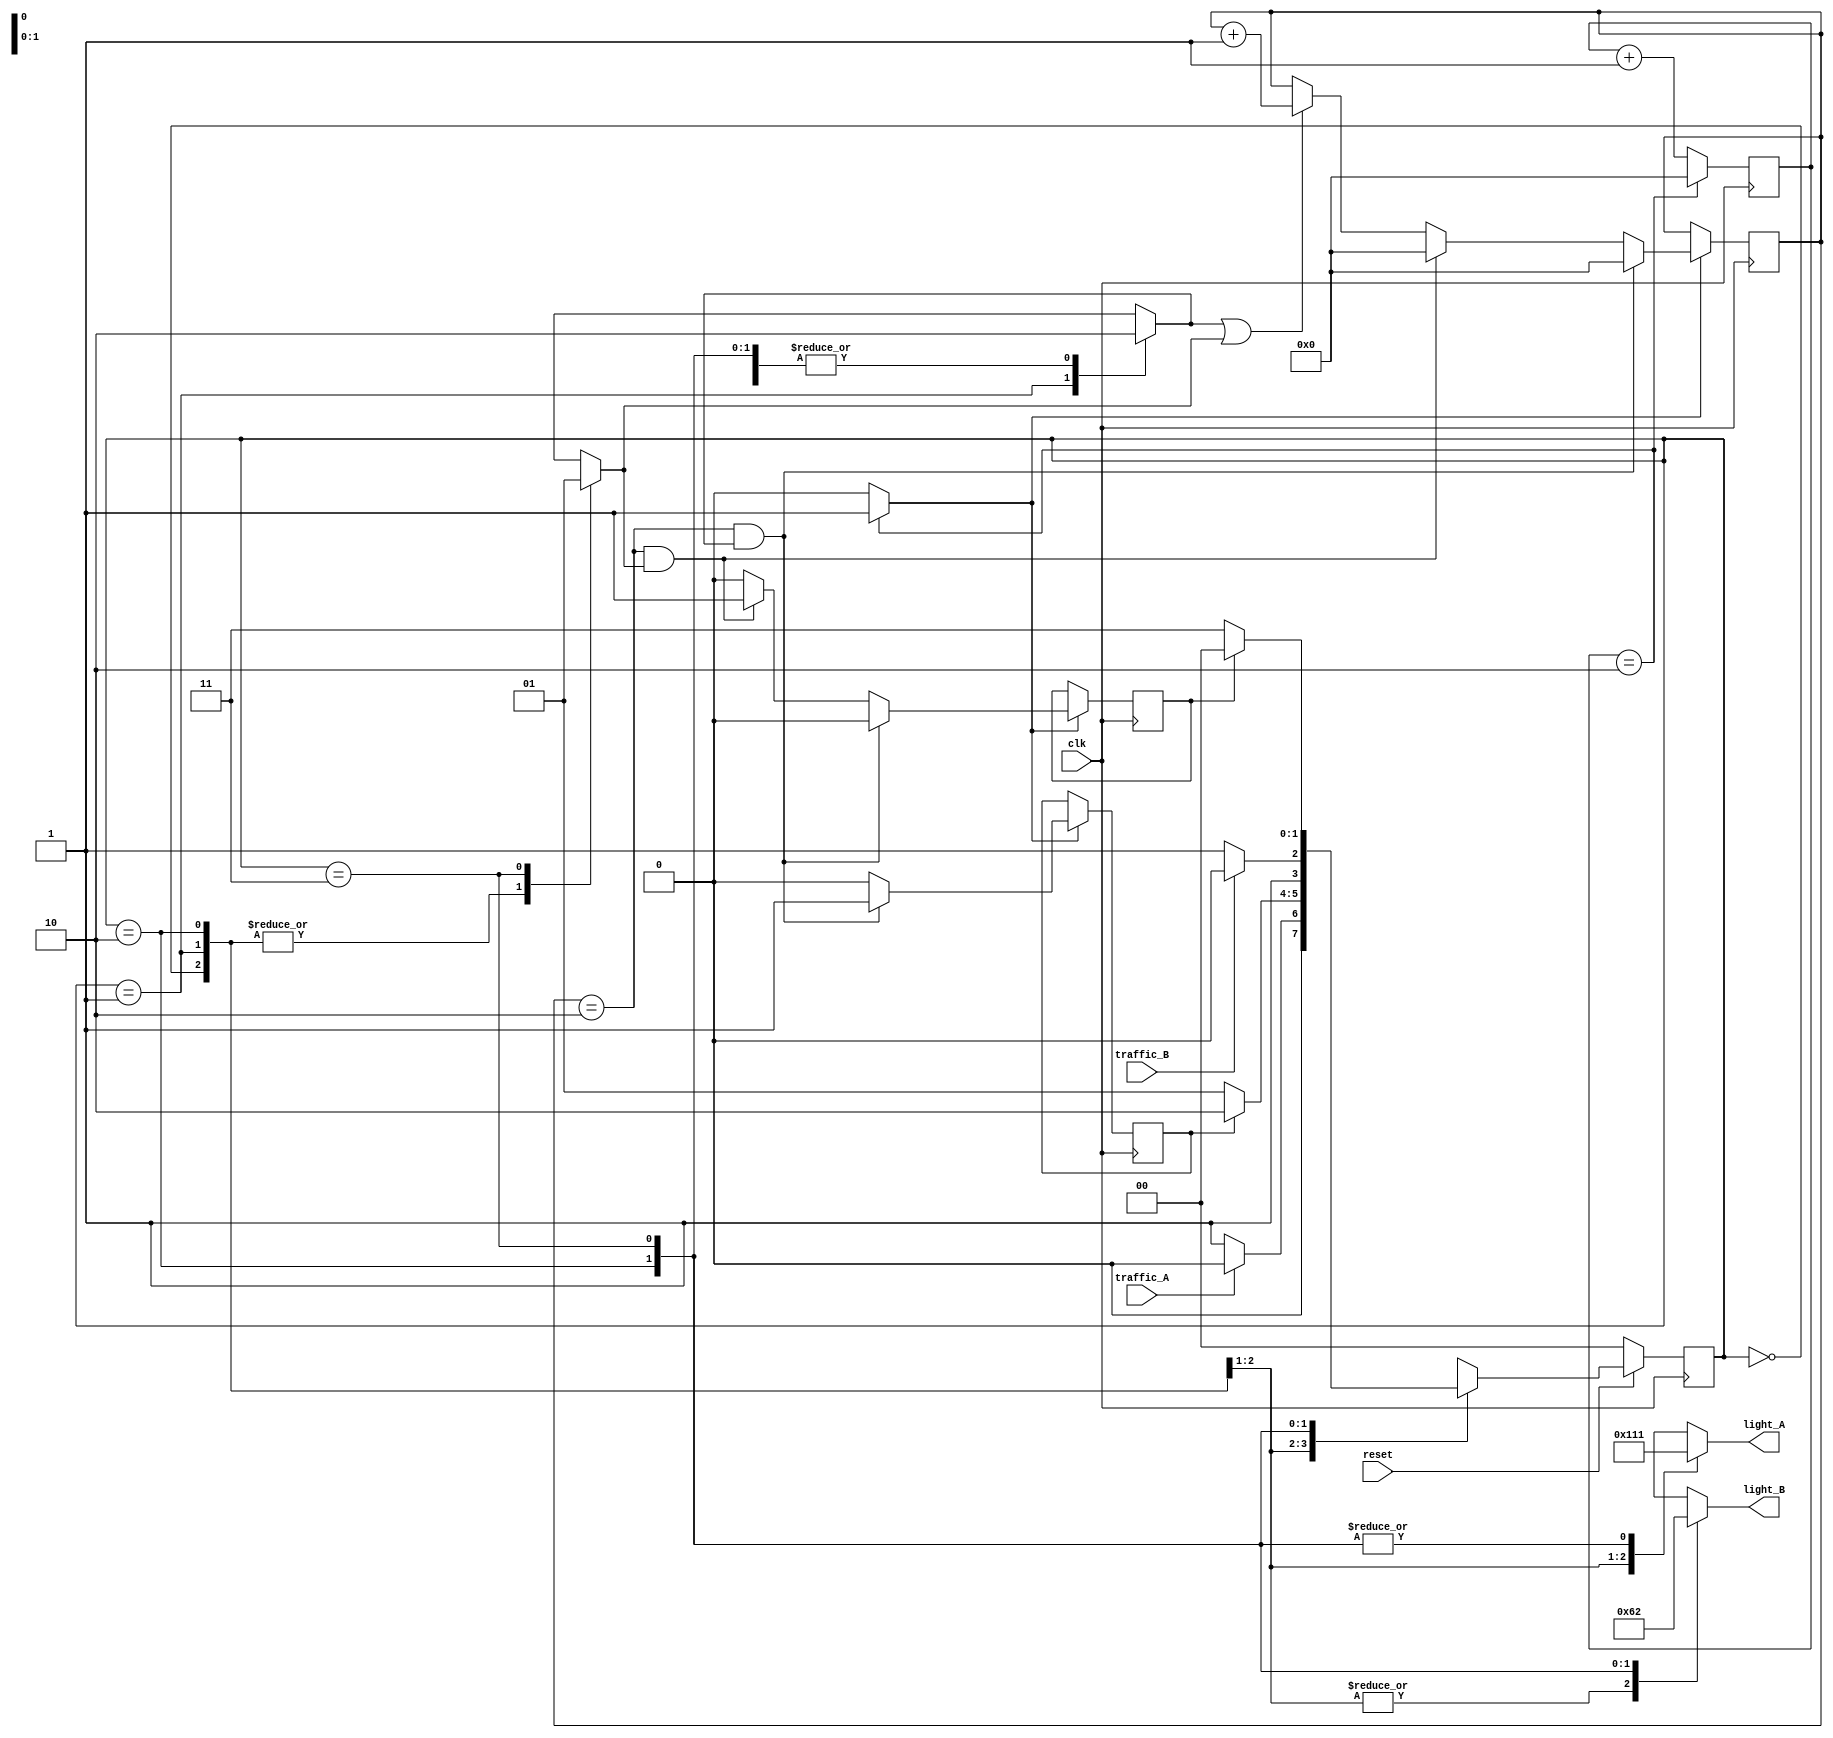
// 2 routes LA, LB
// Route LA : green 1 (g1), Yellow 1 (y1), Red 1 (r1)
// Route LB : green 2 (g2), Yellow 2 (y2), Red 2 (r2)
/////////////////////////////////////////////////////
module trafficlight 
	(
		input clk,//clock = 50MHz in real life
		input reset, // active low
		input traffic_A, // = 1 traffic in A
		input traffic_B, // = 1 traffic in B
		output reg [2:0] light_A,
		output reg [2:0] light_B
		// Bit    2			 1			  0
		// Light green 	yellow 	red
		// output of lights
	);
parameter 
	S0 = 2'b00, //S0 : LA : green, LB : red
	S1 = 2'b01, //S1 : LA : yellow, LB : red
	S2 = 2'b10, //S2 : LA : red, LB : green
	S3 = 2'b11; //S3 : LA : red, LB : yellow
/////////////////////////////////////////////////
wire clk_enable; // clock enable signal for 1s
reg [1:0] current_state, next_state;
reg yellow_count_A = 0, yellow_count_B = 0; // counting signal enable
reg yellow_A = 0, yellow_B = 0; // full count signal 
reg [27:0] count_delay = 0, count_reg = 0 ;
// state
always @ ( posedge clk )
	begin
		if ( ~reset )
			current_state <= 2'b00;
		else
			current_state <= next_state;
	end
/////////////////////////////////////////////////
// fsm
always @ (*)
	begin	
		case ( current_state )
			/////////////////////
			S0 : begin // LA : green, LB : red
					yellow_count_A = 0;
					yellow_count_B = 0;
					light_A = 3'b100;
					light_B = 3'b001;
				if ( ~traffic_A ) next_state = S1;
				else next_state = S0;
				end
				/////////////////////
			S1 : begin // LA : yellow, LB : red
					light_A = 3'b010;
					light_B = 3'b001;
					yellow_count_A = 1;
					yellow_count_B = 0;
				if ( yellow_A ) next_state = S2;
				//yellow time for 3s, then LA = red, LB = green
				else next_state = S1;
				end
				////////////////////
			S2 : begin // LA: red, LB : green
					light_A = 3'b001;
					light_B = 3'b100;
					yellow_count_A = 0;
					yellow_count_B = 0;
				if ( ~traffic_B ) next_state = S3; 
				else next_state = S2;
				end
				///////////////////
			S3 : begin // LA : red, LB : yellow
					light_A = 3'b001;
					light_B = 3'b010;
					yellow_count_A = 0;
					yellow_count_B = 1;
				if ( yellow_B ) next_state = S0;
				// yellow time for 3s, then LB = red, LB = green
				else next_state = S3;
				end
			default : next_state = S0;
		endcase
	end
//////////////////////////
// counting
always @ ( posedge clk ) 
	begin
		if ( clk_enable == 1 ) 
			begin
				if ( yellow_count_A || yellow_count_B )
				count_delay <= count_delay + 1;
				if (( count_delay == 2 )&& yellow_count_A ) 
					begin
						yellow_A = 1;
						yellow_B = 0;
						count_delay <= 0;
					end
				else if ((count_delay == 2 )&& yellow_count_B )
					begin
						yellow_A = 0;
						yellow_B = 1;
						count_delay <= 0;
					end
				else 
					begin
						yellow_A = 0;
						yellow_B = 0;
					end
				end
			end
/////////////////////////
// 1s clock enable 
always @ ( posedge clk )
	begin	
		count_reg <= count_reg + 1;
		
		if ( count_reg == 2 ) // clock cycle * 3 = 1s
		// example for testbench
		count_reg <= 0;
	end 
////////////////////////////
assign clk_enable = count_reg == 2 ? 1 : 0;
endmodule